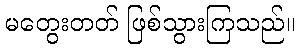
မတွေးတတ် ဖြစ်သွားကြသည်။